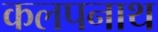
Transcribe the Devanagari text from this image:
कलपनाथ